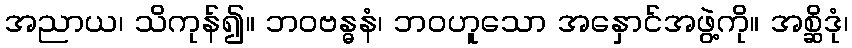
အညာယ၊ သိကုန်၍။ ဘဝဗန္ဓနံ၊ ဘဝဟူသော အနှောင်အဖွဲ့ကို။ အစ္ဆိဒုံ၊